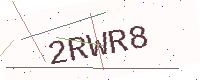
Text: 2RWR8